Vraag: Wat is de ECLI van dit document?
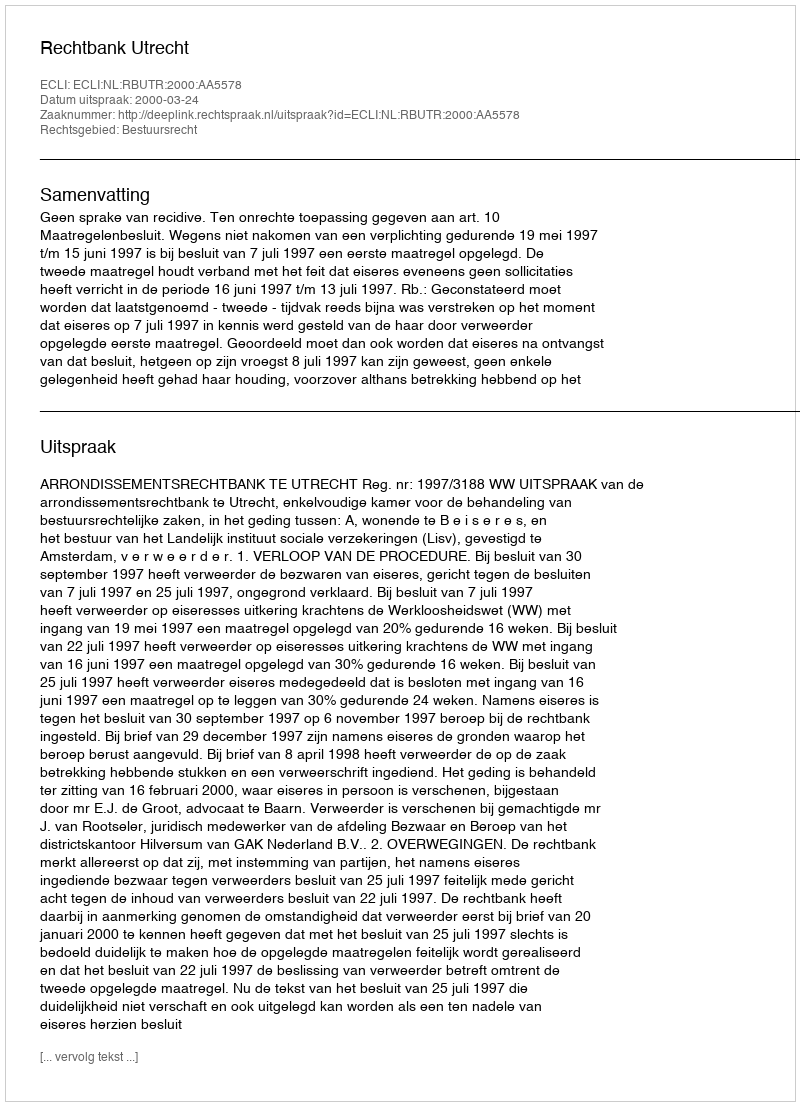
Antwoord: ECLI:NL:RBUTR:2000:AA5578